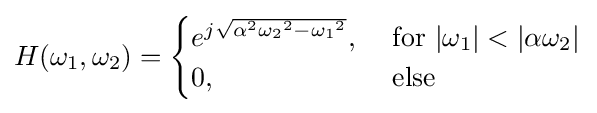
H(\omega _{1},\omega _{2})={\begin{cases}e^{j{\sqrt {\alpha ^{2}{\omega _{2}}^{2}-{\omega _{1}}^{2}}}},&{\text{ for }}|\omega _{1}|<|\alpha \omega _{2}|\\0,&{\text{ else}}\end{cases}}